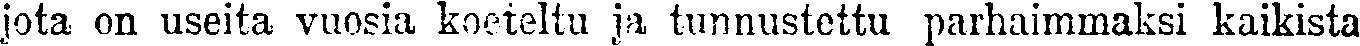
jota on useita vuosia koeteltu ja tunnustettu parhaimmaksi kaikista